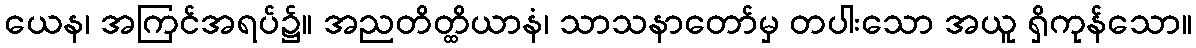
ယေန၊ အကြင်အရပ်၌။ အညတိတ္ထိယာနံ၊ သာသနာတော်မှ တပါးသော အယူ ရှိကုန်သော။